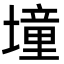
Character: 墥